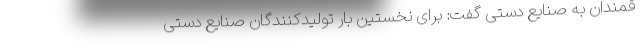
قمندان به صنایع دستی گفت: برای نخستین بار تولیدکنندگان صنایع دستی